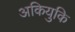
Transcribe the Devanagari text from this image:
अकियुकि